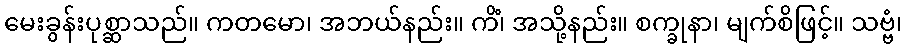
မေးခွန်းပုစ္ဆာသည်။ ကတမော၊ အဘယ်နည်း။ ကိံ၊ အသို့နည်း။ စက္ခုနာ၊ မျက်စိဖြင့်။ သဗ္ဗံ၊